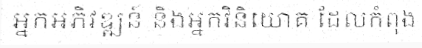
អ្នកអភិវឌ្ឍន៍ និងអ្នកវិនិយោគ ដែលកំពុង